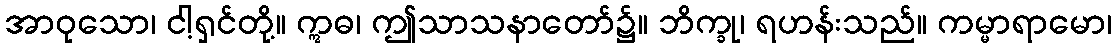
အာဝုသော၊ ငါ့ရှင်တို့။ ဣဓ၊ ဤသာသနာတော်၌။ ဘိက္ခု၊ ရဟန်းသည်။ ကမ္မာရာမော၊